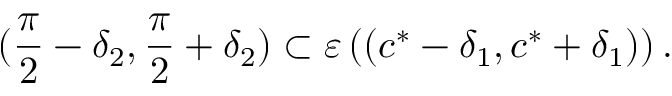
( \frac { \pi } { 2 } - \delta _ { 2 } , \frac { \pi } { 2 } + \delta _ { 2 } ) \subset \varepsilon \left( ( c ^ { * } - \delta _ { 1 } , c ^ { * } + \delta _ { 1 } ) \right) .